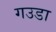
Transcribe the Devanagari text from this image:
गउडा